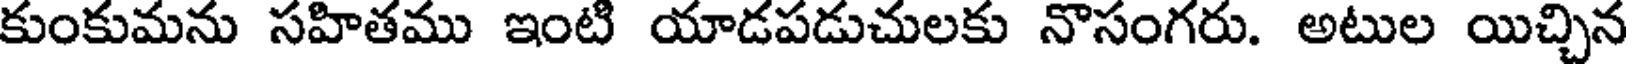
కుంకుమను సహితము ఇంటి యాడపడుచులకు నొసంగరు. అటుల యిచ్చిన